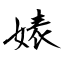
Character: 婊